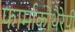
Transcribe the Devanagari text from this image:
फार्माकोथैरेपी